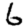
Digit: 6